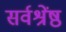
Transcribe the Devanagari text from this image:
सर्वश्रेंष्ठ